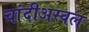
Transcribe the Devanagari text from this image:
चांदीअस्वल